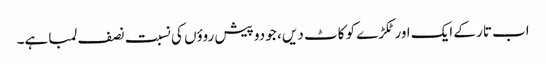
اب تار کے ایک اور ٹکڑے کو کاٹ دیں ، جو دو پیش روؤں کی نسبت نصف لمبا ہے۔